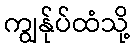
ကျွန်ုပ်ထံသို့